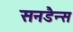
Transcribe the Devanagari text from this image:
सनडैन्स